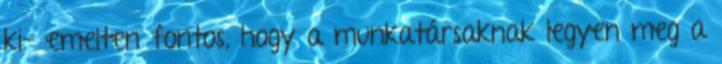
ki- emelten fontos, hogy a munkatársaknak legyen meg a